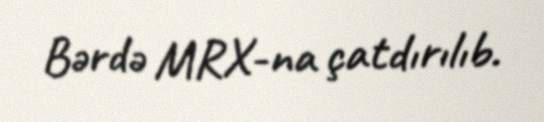
Bərdə MRX-na çatdırılıb.